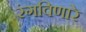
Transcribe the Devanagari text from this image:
रंगविणारे